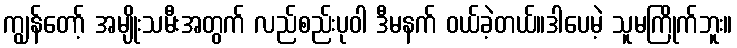
ကျွန်တော့် အမျိုးသမီးအတွက် လည်စည်းပုဝါ ဒီမနက် ဝယ်ခဲ့တယ်။ဒါပေမဲ့ သူမကြိုက်ဘူး။